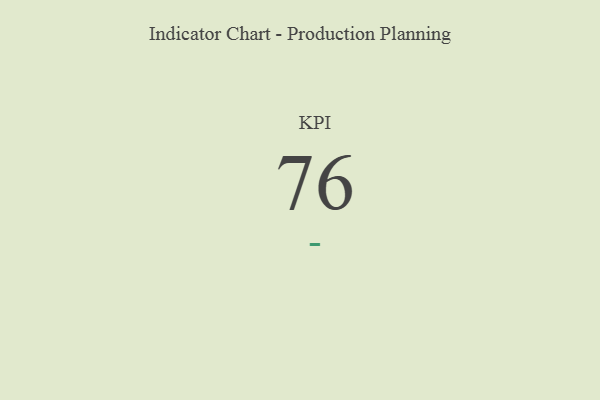
{"axis": {"x": "KPI", "y": "Value"}, "legend": [""], "data": [{"x": "KPI", "y": 76, "type": ""}]}